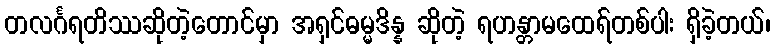
တလင်္ဂရတိဿဆိုတဲ့တောင်မှာ အရှင်ဓမ္မဒိန္န ဆိုတဲ့ ရဟန္တာမထေရ်တစ်ပါး ရှိခဲ့တယ်၊